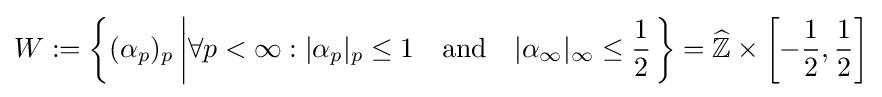
W:=\left\{(\alpha _{p})_{p}\left|\forall p<\infty :|\alpha _{p}|_{p}\leq 1\quad {\text{and}}\quad |\alpha _{\infty }|_{\infty }\leq {\frac {1}{2}}\right.\right\}={\widehat {\mathbb {Z} }}\times \left[-{\frac {1}{2}},{\frac {1}{2}}\right]